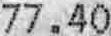
77.40